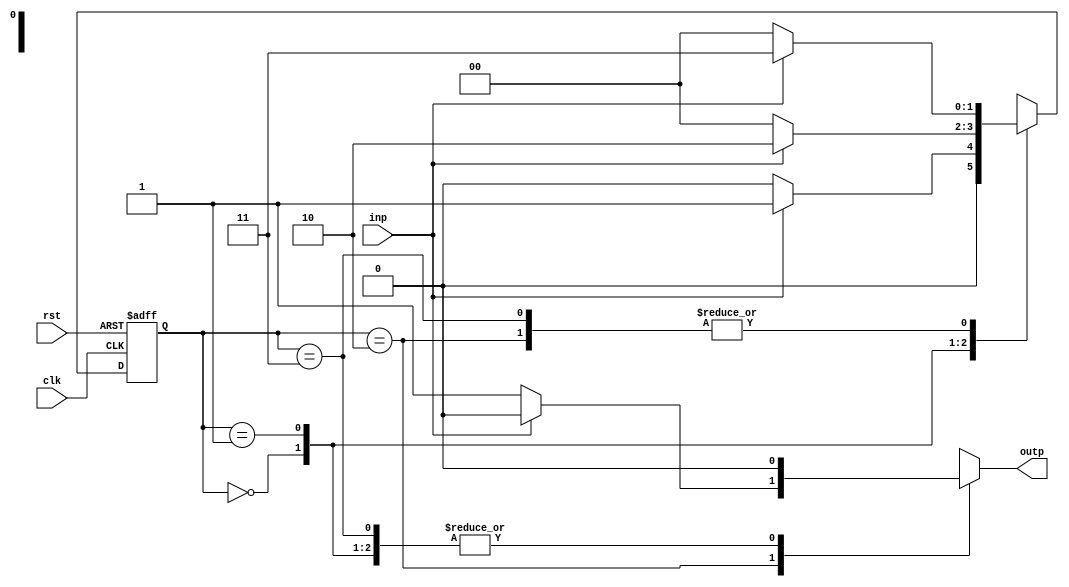
module FSM(clk, rst, inp, outp);
    input clk, rst, inp;
    output reg outp;
    reg [1:0] state;
    reg [1:0] next_state;

    parameter a = 2'b00;
    parameter b = 2'b01;
    parameter c = 2'b10;
    parameter d = 2'b11;


    always @(posedge clk, posedge rst)
    begin
        if(rst==1'b1)
        begin
				state<=a; //state A
        end
	else
	begin
		state<=next_state;
	end
    end

    always @(inp, state)
    begin
	 
        next_state=a;
        outp = 1'b0;

        case(state)
            a:
            begin
                if(inp==1'b1)
                begin
                    next_state=b;
						  outp = 1'b0;
                end
                else
                begin
                    next_state=a;
						  outp = 1'b0;
                end
            end
            b:
            begin
                if(inp==1'b1)
                begin
                    next_state=c;
						  outp = 1'b0;
                end
                else
                begin
                    next_state=a;
						  outp = 1'b0;
                end
            end
            c:
            begin
                if(inp==1'b1)
                begin
                    next_state=d;
                    outp = 1'b0;
                end
                else
                begin
                    next_state=a;
						  outp = 1'b1;
                end
            end

            d:
            begin
                if(inp==1'b0)
                begin
                    next_state=a;
						  outp = 1'b0;
                end
                else
                begin
                    next_state=d;
						  outp = 1'b0;
                end
            end
            default:
            begin
                next_state=a;
                outp = 1'b0;
            end
        endcase
    end
	 


 

endmodule